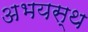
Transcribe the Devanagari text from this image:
अभयस्थ